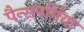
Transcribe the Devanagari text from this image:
पैन्सपर्मिया